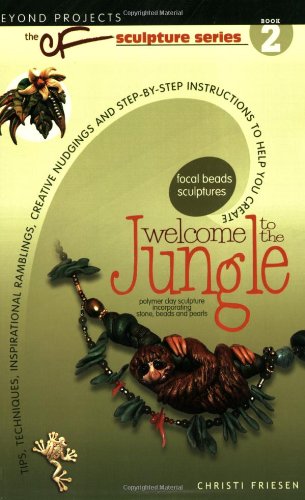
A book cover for Welcome to the Jungle: Beyond Projects: The CF Sculpture series book 2; Christi Friesen; Crafts, Hobbies & Home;